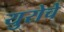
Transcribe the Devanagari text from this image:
युरोचे